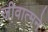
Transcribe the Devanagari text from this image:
जीवात्मने